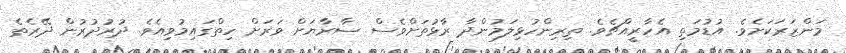
މަންޒަރަކަށެވެ. އުޑުމަތި އެހާރީއްޗެވެ. ތިރިންހުޅިލަމުންދާ ރާޅުތަށްވެސް ސާރާޔަށް ވަރަށް ހިތްގައިމުވިއެވެ. ދުރުދުރުން ދޭރެތެ